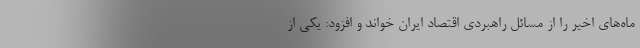
ماه‌های اخیر را از مسائل راهبردی اقتصاد ایران خواند و افزود: یکی از